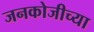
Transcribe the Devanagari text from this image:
जनकोजीच्या